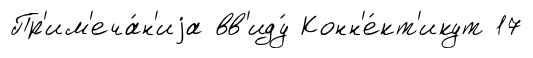
Пр'им'еча́н'иjа вв'иду́ Конн'е́кт'икут 17